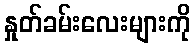
နှုတ်ခမ်းလေးများကို